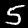
Label: 5